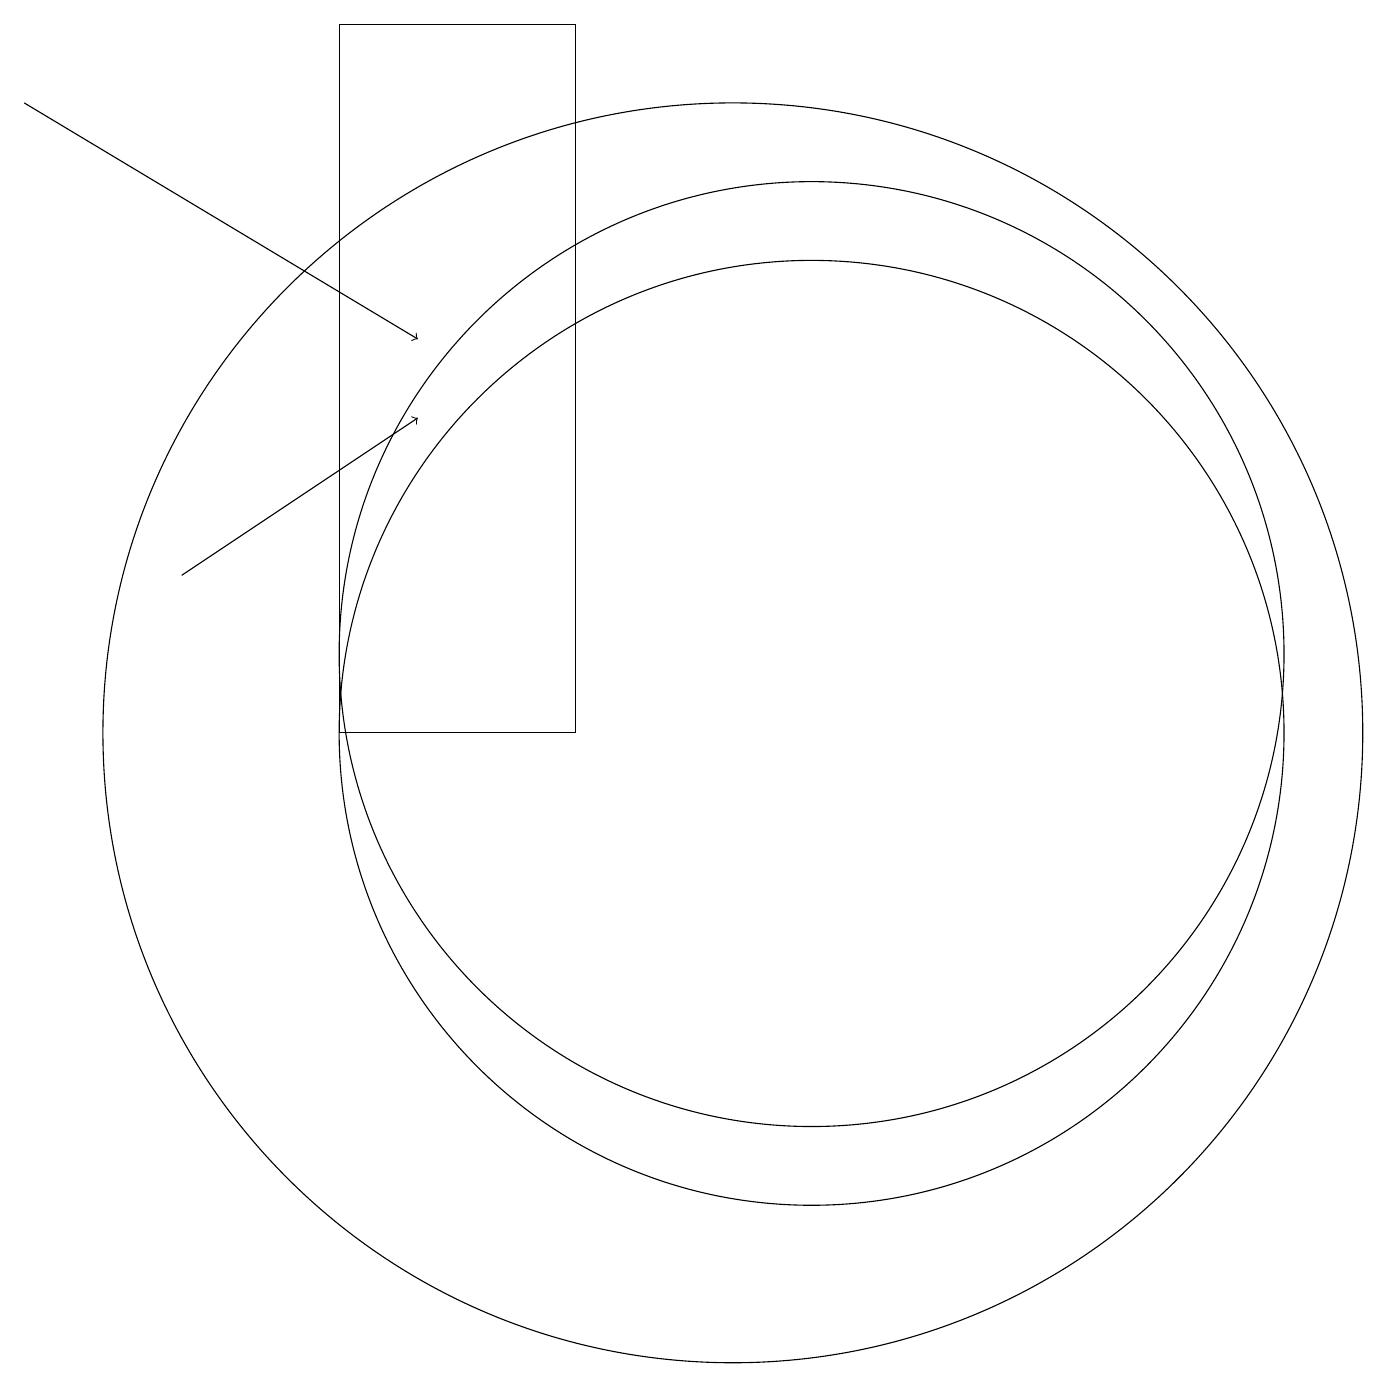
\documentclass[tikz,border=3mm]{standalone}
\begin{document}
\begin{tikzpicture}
\draw[->] (3,12) -- (6,14);
\draw (8,19) rectangle (5,10);
\draw (10,10) circle (8);
\draw (11,11) circle (6);
\draw (11,10) circle (6);
\draw[->] (1,18) -- (6,15);
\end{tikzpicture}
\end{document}